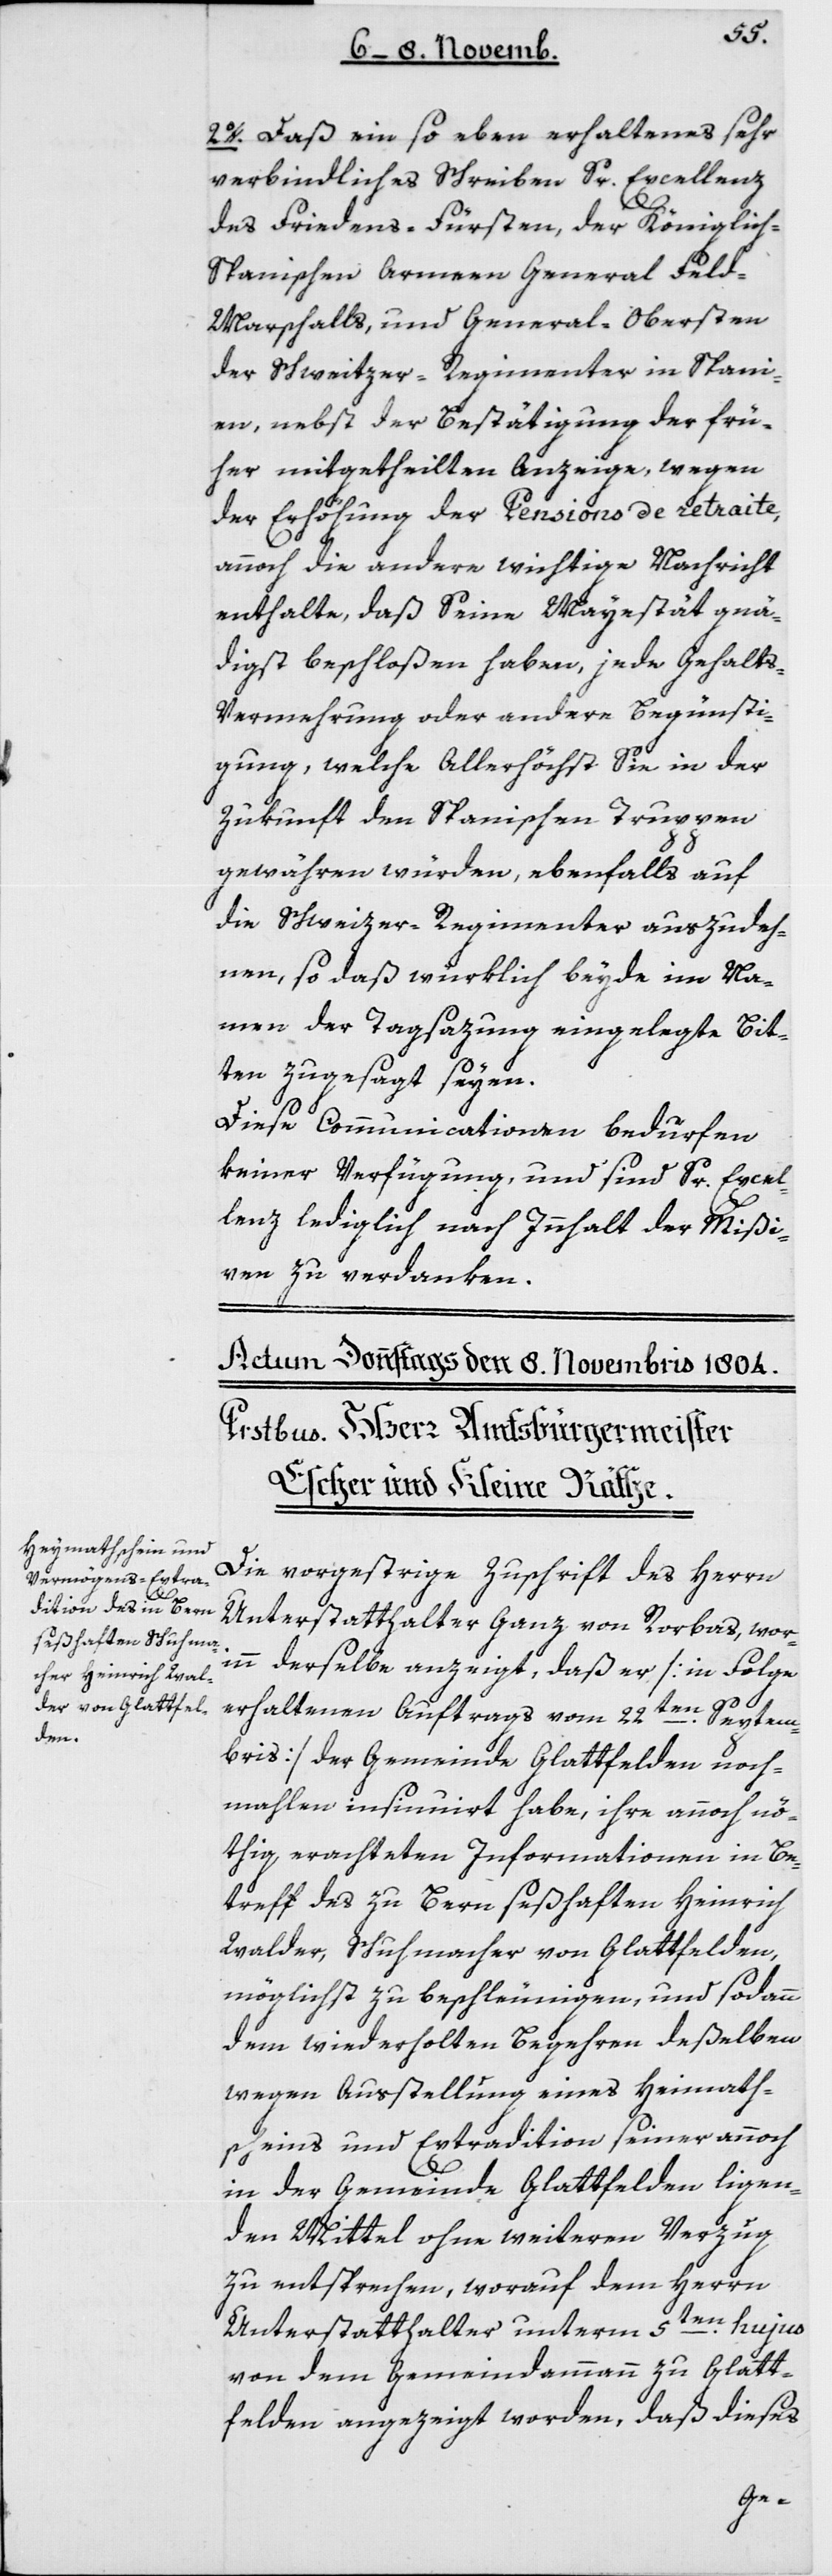
2. Daß ein soeben erhaltenes sehr
verbindliches Schreiben Sr Excellenz
des Friedens-Fürsten, der Königlic¬
h-Spanischen Armeen General Fel¬
d-Marschalls und General-Obersten
der Schweitzer-Regimenter in Spani¬
en, nebst der Bestätigung der frü¬
her mitgetheilten Anzeige, wegen
der Erhöhung der Pensions de retraite,
annoch die andere wichtige Nachricht
enthalte, daß Seine Majestät gnä¬
digst beschloßen haben, jede Gehalts¬
vermehrung oder andere Begünsti¬
gung, welche Allerhöchst Sie in der
Zukunft den Spanischen Truppen
gewähren würden, ebenfalls auf
die Schweitzer-Regimenter auszudeh¬
nen, so daß würklich beide im Na¬
men der Tagsatzung eingelegte Bit¬
ten zugesagt seyen.
Diese Communicationen bedürfen
keiner Verfügung und sind Sr Excel¬
lenz lediglich nach Inhalt der Mißi¬
ven zu verdanken.
Die vorgestrige Zuschrift des Herrn
Unterstatthalter Ganz von Rorbas, wor¬
inn derselbe anzeigt, daß er [in Folge
erhaltenen Auftrags vom 22ten Septem¬
bris] der Gemeinde Glattfelden noch¬
mahlen insinuiert habe, ihre annoch nö¬
thig erachtenden Informationen in Be¬
treff des zu Bern seßhaften Heinrich
Walder, Schuhmacher von Glattfelden,
möglichst zu beschleunigen, und sodann
dem wiederholten Begehren deßelben
wegen Ausstellung eines Heymath¬
scheins und Extradition seiner annoch
in der Gemeinde Glattfelden liegen¬
den Mittel ohne weiteren Verzug
zu entsprechen, worauf dem Herrn
en hujus
Unterstatthalter unterm 5t¬
von dem Gemeindammann zu Glatt¬
felden angezeigt worden, daß dieses